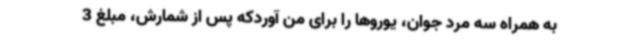
به همراه سه مرد جوان، یوروها را برای من آوردکه پس از شمارش، مبلغ 3